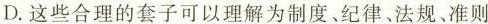
D.这些合理的套子可以理解为制度、纪律、法规、准则